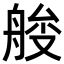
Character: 𦩇